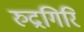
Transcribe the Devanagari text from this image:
रुद्रगिरि